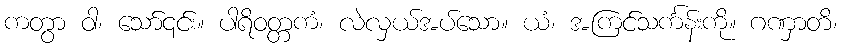
ကတွာ ဝါ၊ သော်၎င်း။ ပါရိဝတ္တကံ၊ လဲလှယ်အပ်သော။ ယံ၊ အကြင်သင်္ကန်းကို။ ဂဏှာတိ၊